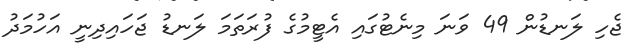
ޖެހި ލަނޑުން 49 ވަނަ މިނެޓުގައި އެޓީމުގެ ފުރަތަމަ ލަނޑު ޖަހައިދިނީ އަހުމަދު